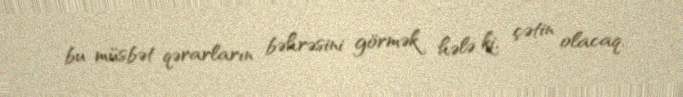
bu müsbət qərarların bəhrəsini görmək hələ ki, çətin olacaq.